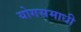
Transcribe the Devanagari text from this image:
योगसमाधी